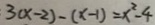
: 3 ( x - 2 ) - ( x - 1 ) = x ^ { 2 } - 4